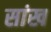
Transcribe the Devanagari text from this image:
सांख